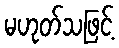
မဟုတ်သဖြင့်